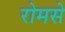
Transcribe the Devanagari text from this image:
रोमसे